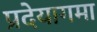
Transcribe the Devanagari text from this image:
प्रदेयागमा